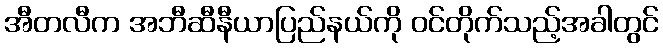
အီတလီက အဘီဆီနီယာပြည်နယ်ကို ဝင်တိုက်သည့်အခါတွင်